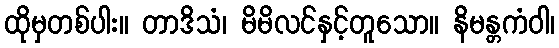
ထိုမှတစ်ပါး။ တာဒိသံ၊ မိမိလင်နှင့်တူသော။ နိမန္တကံဝါ၊